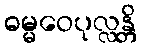
ဓမ္မဝေပုလ္လန္တိ